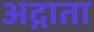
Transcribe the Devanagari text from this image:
अद्गाता